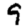
Digit: 9